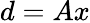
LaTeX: d=Ax